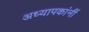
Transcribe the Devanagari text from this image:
अध्यापकांनीं